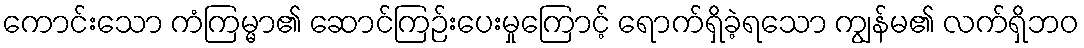
ကောင်းသော ကံကြမ္မာ၏ ဆောင်ကြဉ်းပေးမှုကြောင့် ရောက်ရှိခဲ့ရသော ကျွန်မ၏ လက်ရှိဘဝ